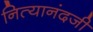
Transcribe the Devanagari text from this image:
नित्यानंदजी